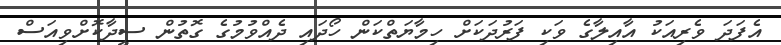
އެފަދަ ވެރިއަކު އާއިލާގެ ވަކި ފަރުދަކަށް ހިމާޔަތްކަން ހޯދައި ދެއްވުމުގެ ގޮތުން ސީދާކޮށްވިއަސް